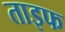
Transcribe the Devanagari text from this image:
ताइफ